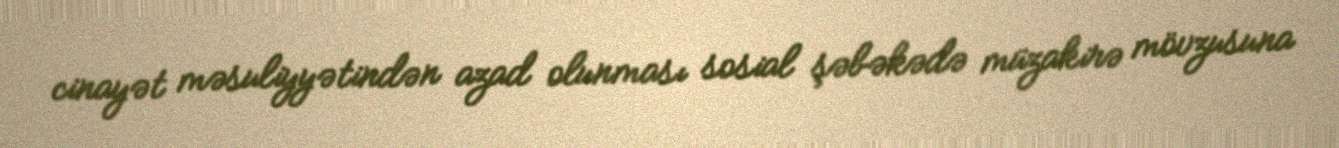
cinayət məsuliyyətindən azad olunması sosial şəbəkədə müzakirə mövzusuna